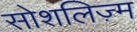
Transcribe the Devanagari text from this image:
सोशलिज़्म